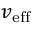
v _ { \mathrm { { e f f } } }